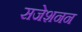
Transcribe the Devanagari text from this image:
सजेशनन